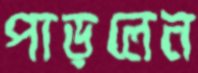
পাড়লেন